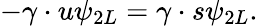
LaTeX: -\gamma\cdot u\psi_{2L}=\gamma\cdot s\psi_{2L}.